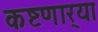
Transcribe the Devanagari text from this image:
कष्टणार्‍या